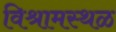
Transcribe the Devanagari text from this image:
विश्रामस्थळ